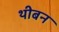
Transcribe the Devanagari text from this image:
थीबन